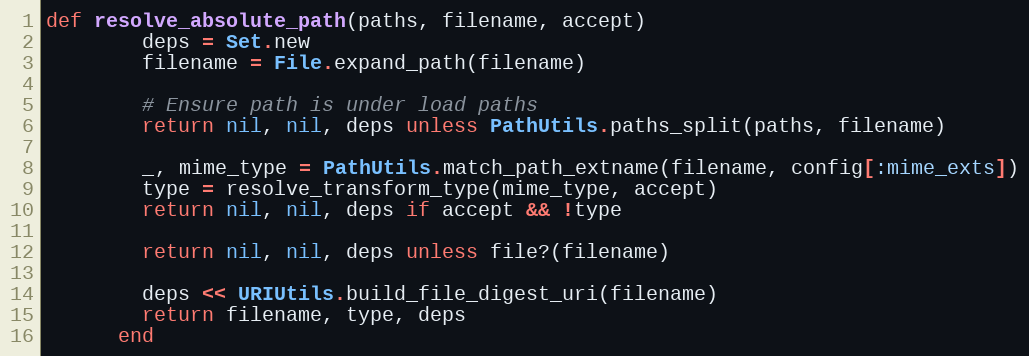
Language: Ruby
def resolve_absolute_path(paths, filename, accept)
        deps = Set.new
        filename = File.expand_path(filename)

        # Ensure path is under load paths
        return nil, nil, deps unless PathUtils.paths_split(paths, filename)

        _, mime_type = PathUtils.match_path_extname(filename, config[:mime_exts])
        type = resolve_transform_type(mime_type, accept)
        return nil, nil, deps if accept && !type

        return nil, nil, deps unless file?(filename)

        deps << URIUtils.build_file_digest_uri(filename)
        return filename, type, deps
      end